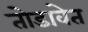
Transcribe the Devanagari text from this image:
तोडावेत